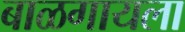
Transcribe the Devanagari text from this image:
बाळगायला